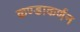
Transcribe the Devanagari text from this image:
कण्डाकर्णन